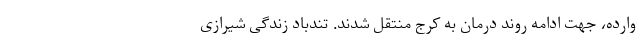
وارده، جهت ادامه روند درمان به کرج منتقل شدند. تندباد زندگی شیرازی